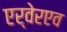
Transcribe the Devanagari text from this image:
एर्वेरएव